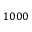
1 0 0 0